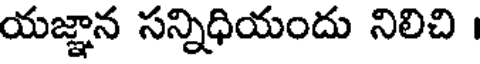
యజ్ఞాన సన్నిధియందు నిలిచి